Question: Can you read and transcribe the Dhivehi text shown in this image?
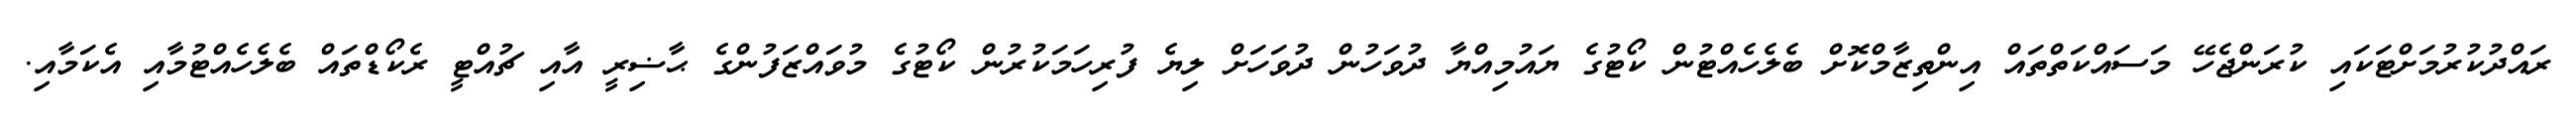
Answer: ރައްދުކުރުމަށްޓަކައި ކުރަންޖެހޭ މަސައްކަތްތައް އިންތިޒާމްކޮށް ބެލެހެއްޓުން ކޯޓުގެ ޔައުމިއްޔާ ދުވަހުން ދުވަހަށް ލިޔެ ފުރިހަމަކުރުން ކޯޓުގެ މުވައްޒަފުންގެ ޙާޟިރީ އާއި ޗުއްޓީ ރެކޯޑްތައް ބެލެހެއްޓުމާއި އެކަމާއި.